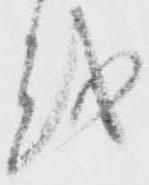
越